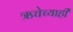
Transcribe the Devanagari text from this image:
ऋचेच्याही